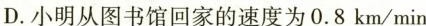
D.小明从图书馆回家的速度为0.8km/min